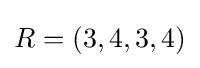
R=(3,4,3,4)